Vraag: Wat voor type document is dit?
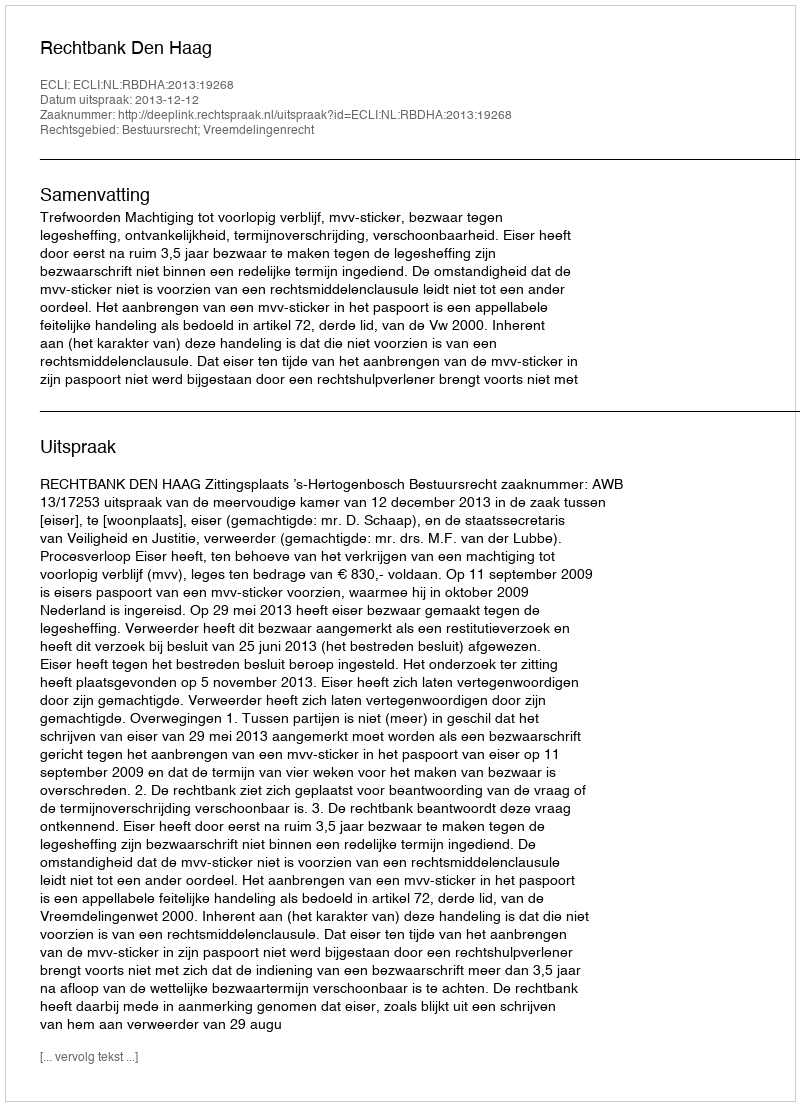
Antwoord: Uitspraak